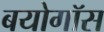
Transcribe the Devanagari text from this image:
बयोगॉस